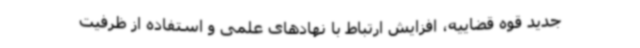
جدید قوه قضاییه، افزایش ارتباط با نهادهای علمی و استفاده از ظرفیت